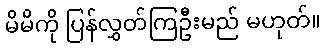
မိမိကို ပြန်လွှတ်ကြဦးမည် မဟုတ်။